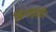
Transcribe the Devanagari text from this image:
बिगाड़ती।